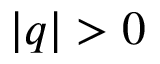
| q | > 0